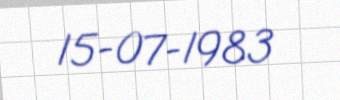
15-07-1983